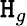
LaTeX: \mathtt{H}_{g}